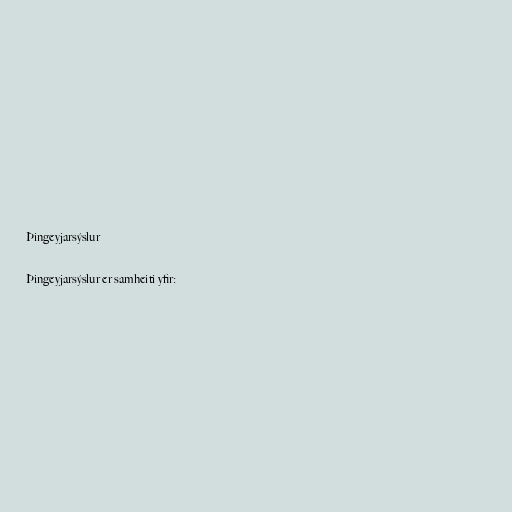
Þingeyjarsýslur

Þingeyjarsýslur er samheiti yfir: